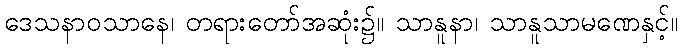
ဒေသနာဝသာနေ၊ တရားတော်အဆုံး၌။ သာနူနာ၊ သာနူသာမဏေနှင့်။